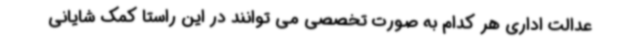
عدالت اداری هر کدام به صورت تخصصی می توانند در این راستا کمک شایانی